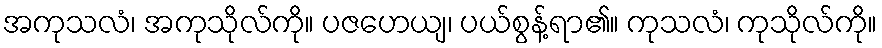
အကုသလံ၊ အကုသိုလ်ကို။ ပဇဟေယျ၊ ပယ်စွန့်ရာ၏။ ကုသလံ၊ ကုသိုလ်ကို။